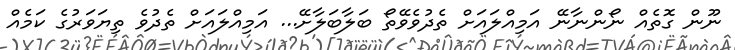
ނޫން ގޮތެއް ނޯންނާނޭ އަމިއްލައަށް ތެދުވެވޭތޯ ބަލާބަލާށޭ... އަމިއްލައަށް ތެދުވެ ތިޔަވަރުގެ ކަމެއް